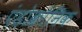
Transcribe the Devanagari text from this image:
एंडोक्रोनिक